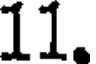
11.